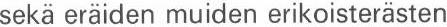
sekä eräiden muiden erikoisterästen